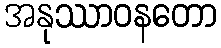
အနုဿာဝနတော